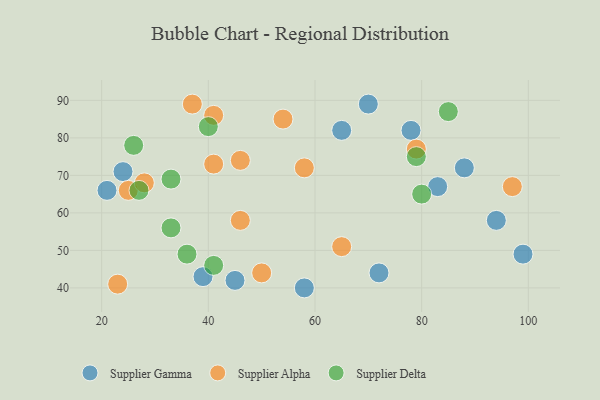
{"axis": {"x": "GDP", "y": "Life Expectancy"}, "legend": ["Supplier Alpha", "Supplier Delta", "Supplier Gamma"], "data": [{"x": "58", "y": 40, "type": "Supplier Gamma"}, {"x": "39", "y": 43, "type": "Supplier Gamma"}, {"x": "24", "y": 71, "type": "Supplier Gamma"}, {"x": "78", "y": 82, "type": "Supplier Gamma"}, {"x": "70", "y": 89, "type": "Supplier Gamma"}, {"x": "94", "y": 58, "type": "Supplier Gamma"}, {"x": "99", "y": 49, "type": "Supplier Gamma"}, {"x": "45", "y": 42, "type": "Supplier Gamma"}, {"x": "72", "y": 44, "type": "Supplier Gamma"}, {"x": "21", "y": 66, "type": "Supplier Gamma"}, {"x": "88", "y": 72, "type": "Supplier Gamma"}, {"x": "83", "y": 67, "type": "Supplier Gamma"}, {"x": "65", "y": 82, "type": "Supplier Gamma"}, {"x": "46", "y": 74, "type": "Supplier Alpha"}, {"x": "97", "y": 67, "type": "Supplier Alpha"}, {"x": "23", "y": 41, "type": "Supplier Alpha"}, {"x": "65", "y": 51, "type": "Supplier Alpha"}, {"x": "54", "y": 85, "type": "Supplier Alpha"}, {"x": "50", "y": 44, "type": "Supplier Alpha"}, {"x": "25", "y": 66, "type": "Supplier Alpha"}, {"x": "41", "y": 86, "type": "Supplier Alpha"}, {"x": "37", "y": 89, "type": "Supplier Alpha"}, {"x": "41", "y": 73, "type": "Supplier Alpha"}, {"x": "58", "y": 72, "type": "Supplier Alpha"}, {"x": "28", "y": 68, "type": "Supplier Alpha"}, {"x": "46", "y": 58, "type": "Supplier Alpha"}, {"x": "79", "y": 77, "type": "Supplier Alpha"}, {"x": "41", "y": 46, "type": "Supplier Delta"}, {"x": "33", "y": 69, "type": "Supplier Delta"}, {"x": "85", "y": 87, "type": "Supplier Delta"}, {"x": "40", "y": 83, "type": "Supplier Delta"}, {"x": "79", "y": 75, "type": "Supplier Delta"}, {"x": "27", "y": 66, "type": "Supplier Delta"}, {"x": "80", "y": 65, "type": "Supplier Delta"}, {"x": "26", "y": 78, "type": "Supplier Delta"}, {"x": "33", "y": 56, "type": "Supplier Delta"}, {"x": "36", "y": 49, "type": "Supplier Delta"}]}